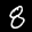
Label: 8